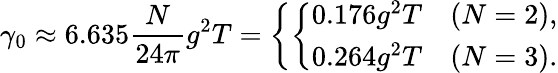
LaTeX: \gamma_{0}\approx 6.635{\frac{N}{24\pi}}g^{2}T=\left\{ \left\{ \begin{array}{ll}{{0.176g^{2}T}}&{{(N=2),}}\\ {{0.264g^{2}T}}&{{(N=3).}}\end{array}\right.\right.